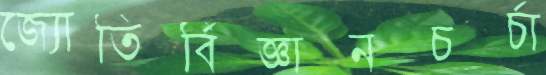
জ্যোতির্বিজ্ঞানচর্চা